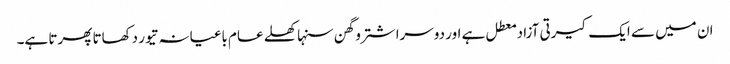
ان میں سے ایک کیرتی آزاد معطل ہے اور دوسرا شترو گھن سنہا کھلے عام باغیانہ تیور دکھاتا پھرتا ہے۔